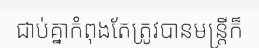
ជាប់គ្នាកំពុងតែត្រូវបានមន្ត្រីក៏